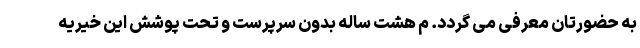
به حضورتان معرفی می گردد. م هشت ساله بدون سرپرست و تحت پوشش این خیریه